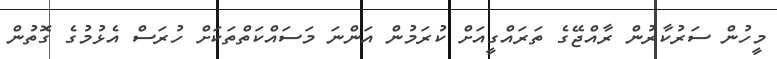
މީހުން ސަރުކާރުން ރާއްޖޭގެ ތަރައްގީއަށް ކުރަމުން އަންނަ މަސައްކަތްތަކަށް ހުރަސް އެޅުމުގެ ގޮތުން